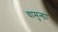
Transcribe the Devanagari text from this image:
चामुन्डा